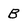
Character: B